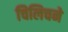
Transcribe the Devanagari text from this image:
चिलिचने